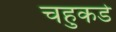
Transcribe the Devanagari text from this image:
चहुकडे